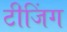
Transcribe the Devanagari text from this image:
टीजिंग